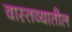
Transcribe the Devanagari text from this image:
वास्तव्यातील